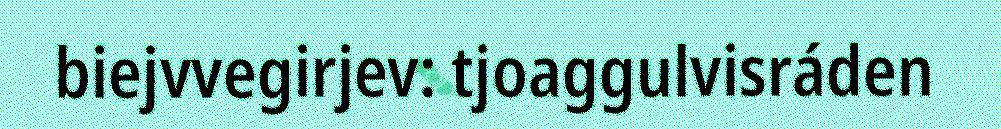
biejvvegirjev: tjoaggulvisráden